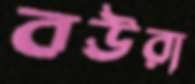
বউরা